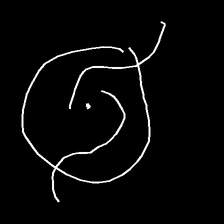
Glyph: repetition